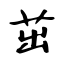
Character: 茁